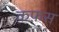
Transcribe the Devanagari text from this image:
क़फ़स